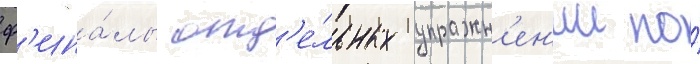
ф'ина́лы отд'е́льных упражн'ен'ии по́